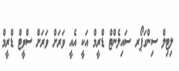
ލިޓިލް ސިންގަޕޯރ ސައިލެންޓް ޑްރީމް އަކީ އެއީ ވަރަށް ވަރަށް ސްވީޓް ޑްރީމް